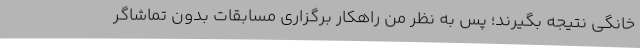
خانگی نتیجه بگیرند؛ پس به نظر من راهکار برگزاری مسابقات بدون تماشاگر